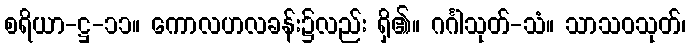
စရိယာ-ဋ္ဌ-၁၁။ ကောလဟလခန်း၌လည်း ရှိ၏။ ဂင်္ဂါသုတ်-သံ။ သာသဝသုတ်၊